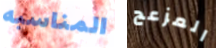
المناسبه المزعج